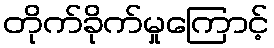
တိုက်ခိုက်မှုကြောင့်